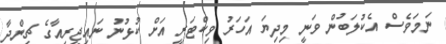
ނަމަވެސް އެކުލަބުން ވަނީ މިދިޔަ އަހަރު ވިކްޓަރީ އަށް ކުޅުނު ނައިޖީރިއާގެ ޗިންދާ